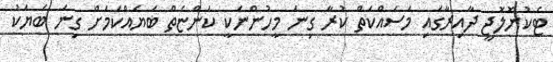
ޓެކުނޮލޮޖީ ދާއިރާގައި މަސައްކަތް ކުރާ ގިނަ މީހުންނަކީ ކަންޏެތް ބަޔެއްކަމަށް ގިނަ ބަޔަކު